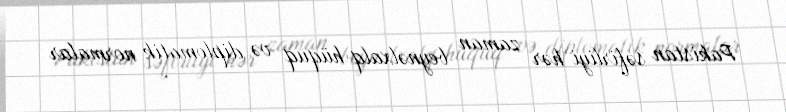
Pakistan səfirliyi hər zaman beynəlxalq hüquq və diplomatik normalar